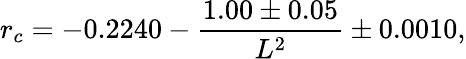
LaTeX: r_{c}=-0.2240-{\frac{1.00\pm 0.05}{L^{2}}}\pm 0.0010,